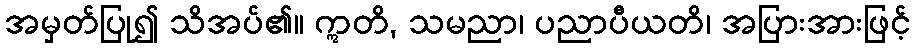
အမှတ်ပြု၍ သိအပ်၏။ ဣတိ, သမညာ၊ ပညာပီယတိ၊ အပြားအားဖြင့်